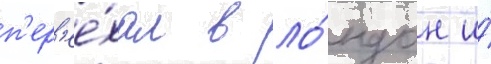
п'ер'ее́хал в ло́ндон и́